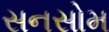
સનસોમ